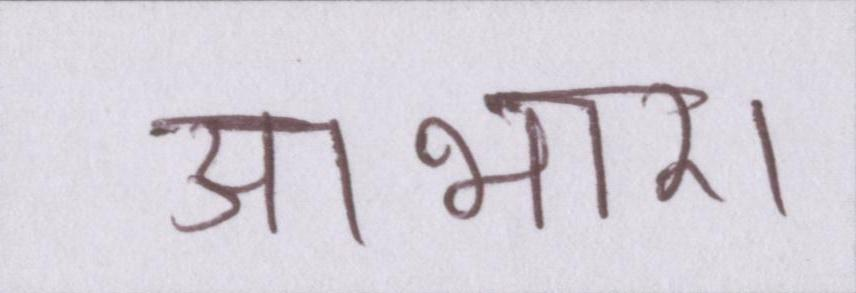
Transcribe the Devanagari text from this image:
आभार।